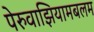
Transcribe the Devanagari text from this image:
पेरुवाझियामबलम